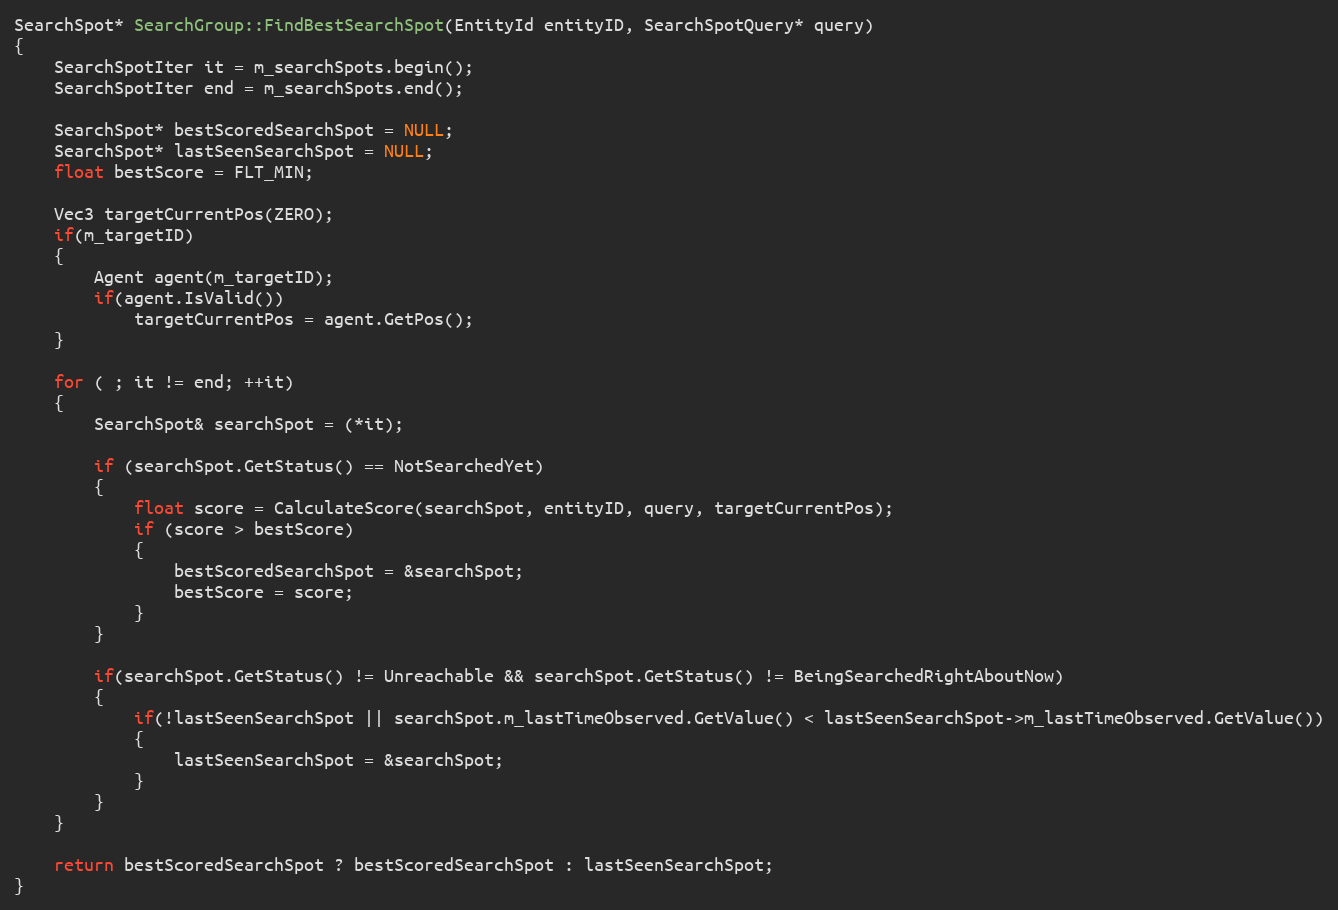
Language: C++
SearchSpot* SearchGroup::FindBestSearchSpot(EntityId entityID, SearchSpotQuery* query)
{
	SearchSpotIter it = m_searchSpots.begin();
	SearchSpotIter end = m_searchSpots.end();

	SearchSpot* bestScoredSearchSpot = NULL;
	SearchSpot* lastSeenSearchSpot = NULL;
	float bestScore = FLT_MIN;

	Vec3 targetCurrentPos(ZERO);
	if(m_targetID)
	{
		Agent agent(m_targetID);
		if(agent.IsValid())
			targetCurrentPos = agent.GetPos();
	}

	for ( ; it != end; ++it)
	{
		SearchSpot& searchSpot = (*it);

		if (searchSpot.GetStatus() == NotSearchedYet)
		{
			float score = CalculateScore(searchSpot, entityID, query, targetCurrentPos);
			if (score > bestScore)
			{
				bestScoredSearchSpot = &searchSpot;
				bestScore = score;
			}
		}

		if(searchSpot.GetStatus() != Unreachable && searchSpot.GetStatus() != BeingSearchedRightAboutNow)
		{
			if(!lastSeenSearchSpot || searchSpot.m_lastTimeObserved.GetValue() < lastSeenSearchSpot->m_lastTimeObserved.GetValue())
			{
				lastSeenSearchSpot = &searchSpot;
			}
		}
	}

	return bestScoredSearchSpot ? bestScoredSearchSpot : lastSeenSearchSpot;
}